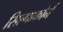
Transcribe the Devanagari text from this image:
सिल्पाकोर्न